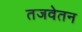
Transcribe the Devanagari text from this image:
तजवेतन